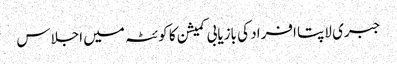
جبری لاپتا افراد کی بازیابی کمیشن کا کوئٹہ میں اجلاس